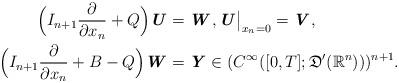
LaTeX: \begin{align*} \Bigl(I_{n+1}\frac{\partial }{\partial x_n} + Q\Bigr)\textbf{\textit{U}} & = \textbf{\textit{W}}, \textbf{\textit{U}}\big|_{x_n=0}=\textbf{\textit{V}},\\ \Bigl(I_{n+1}\frac{\partial }{\partial x_n} + B - Q\Bigr)\textbf{\textit{W}} & =\textbf{\textit{Y}} \in (C^\infty([0,T];\mathfrak{D}^\prime (\mathbb{R}^{n})))^{n+1}. \end{align*}